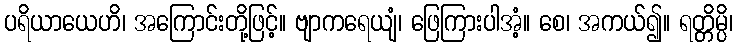
ပရိယာယေဟိ၊ အကြောင်းတို့ဖြင့်။ ဗျာကရေယျံ၊ ဖြေကြားပါအံ့။ စေ၊ အကယ်၍။ ရတ္တိမ္ပိ၊